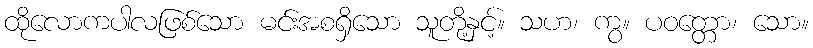
ထိုလောကပါလဖြစ်သော မင်းအစရှိသော သူတို့နှင့်။ သဟ၊ ကွ။ ပဝတ္တော၊ သော။